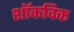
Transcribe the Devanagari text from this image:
शॉकविक